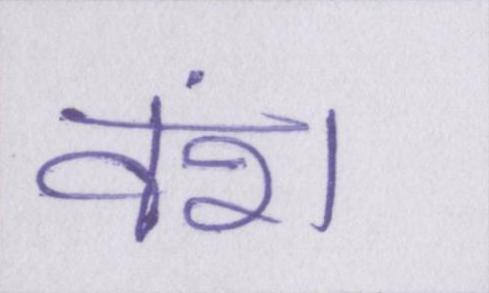
वंश